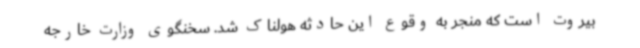
بیروت است که منجر به وقوع این حادثه هولناک شد. سخنگوی وزارت خارجه